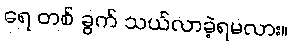
ရေ တစ် ခွက် သယ်လာခဲ့ရမလား။